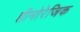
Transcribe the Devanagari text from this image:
हीमोरेजिक